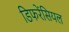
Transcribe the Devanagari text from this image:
डिफरेंसियल